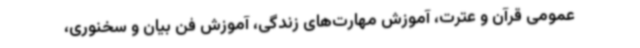
عمومی قرآن و عترت، آموزش مهارت‌های زندگی، آموزش فن بیان و سخنوری،